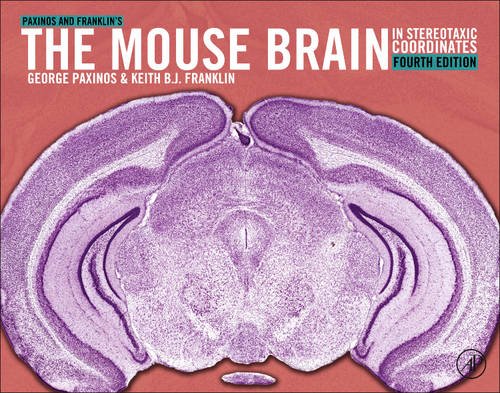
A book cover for Paxinos and Franklin's the Mouse Brain in Stereotaxic Coordinates, Fourth Edition; George Paxinos; Politics & Social Sciences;